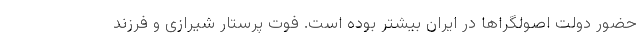
حضور دولت اصولگراها در ايران بيشتر بوده است. فوت پرستار شیرازی و فرزند